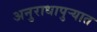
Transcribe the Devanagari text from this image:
अनुराधापुऱ्यात